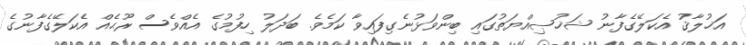
އަޚުލާޤު އެކަލޭގެފާނު ޝަޚުޞިއްޔަތުގައި ބިންވަޅުނެގިފައިވާ ކަމެވެ. ބަދަލު ހިފުމުގެ އެއްވެސް ރޫޙެއް އެކަލޭގެފާނުގެ